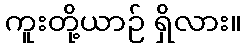
ကူးတို့ယာဉ် ရှိလား။